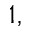
^ { 1 , }